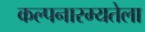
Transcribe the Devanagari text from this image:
कल्पनारम्यतेला